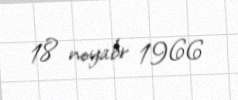
18 noyabr 1966